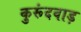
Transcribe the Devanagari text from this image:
कुरूंदवाड़